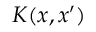
K ( x , x ^ { \prime } )